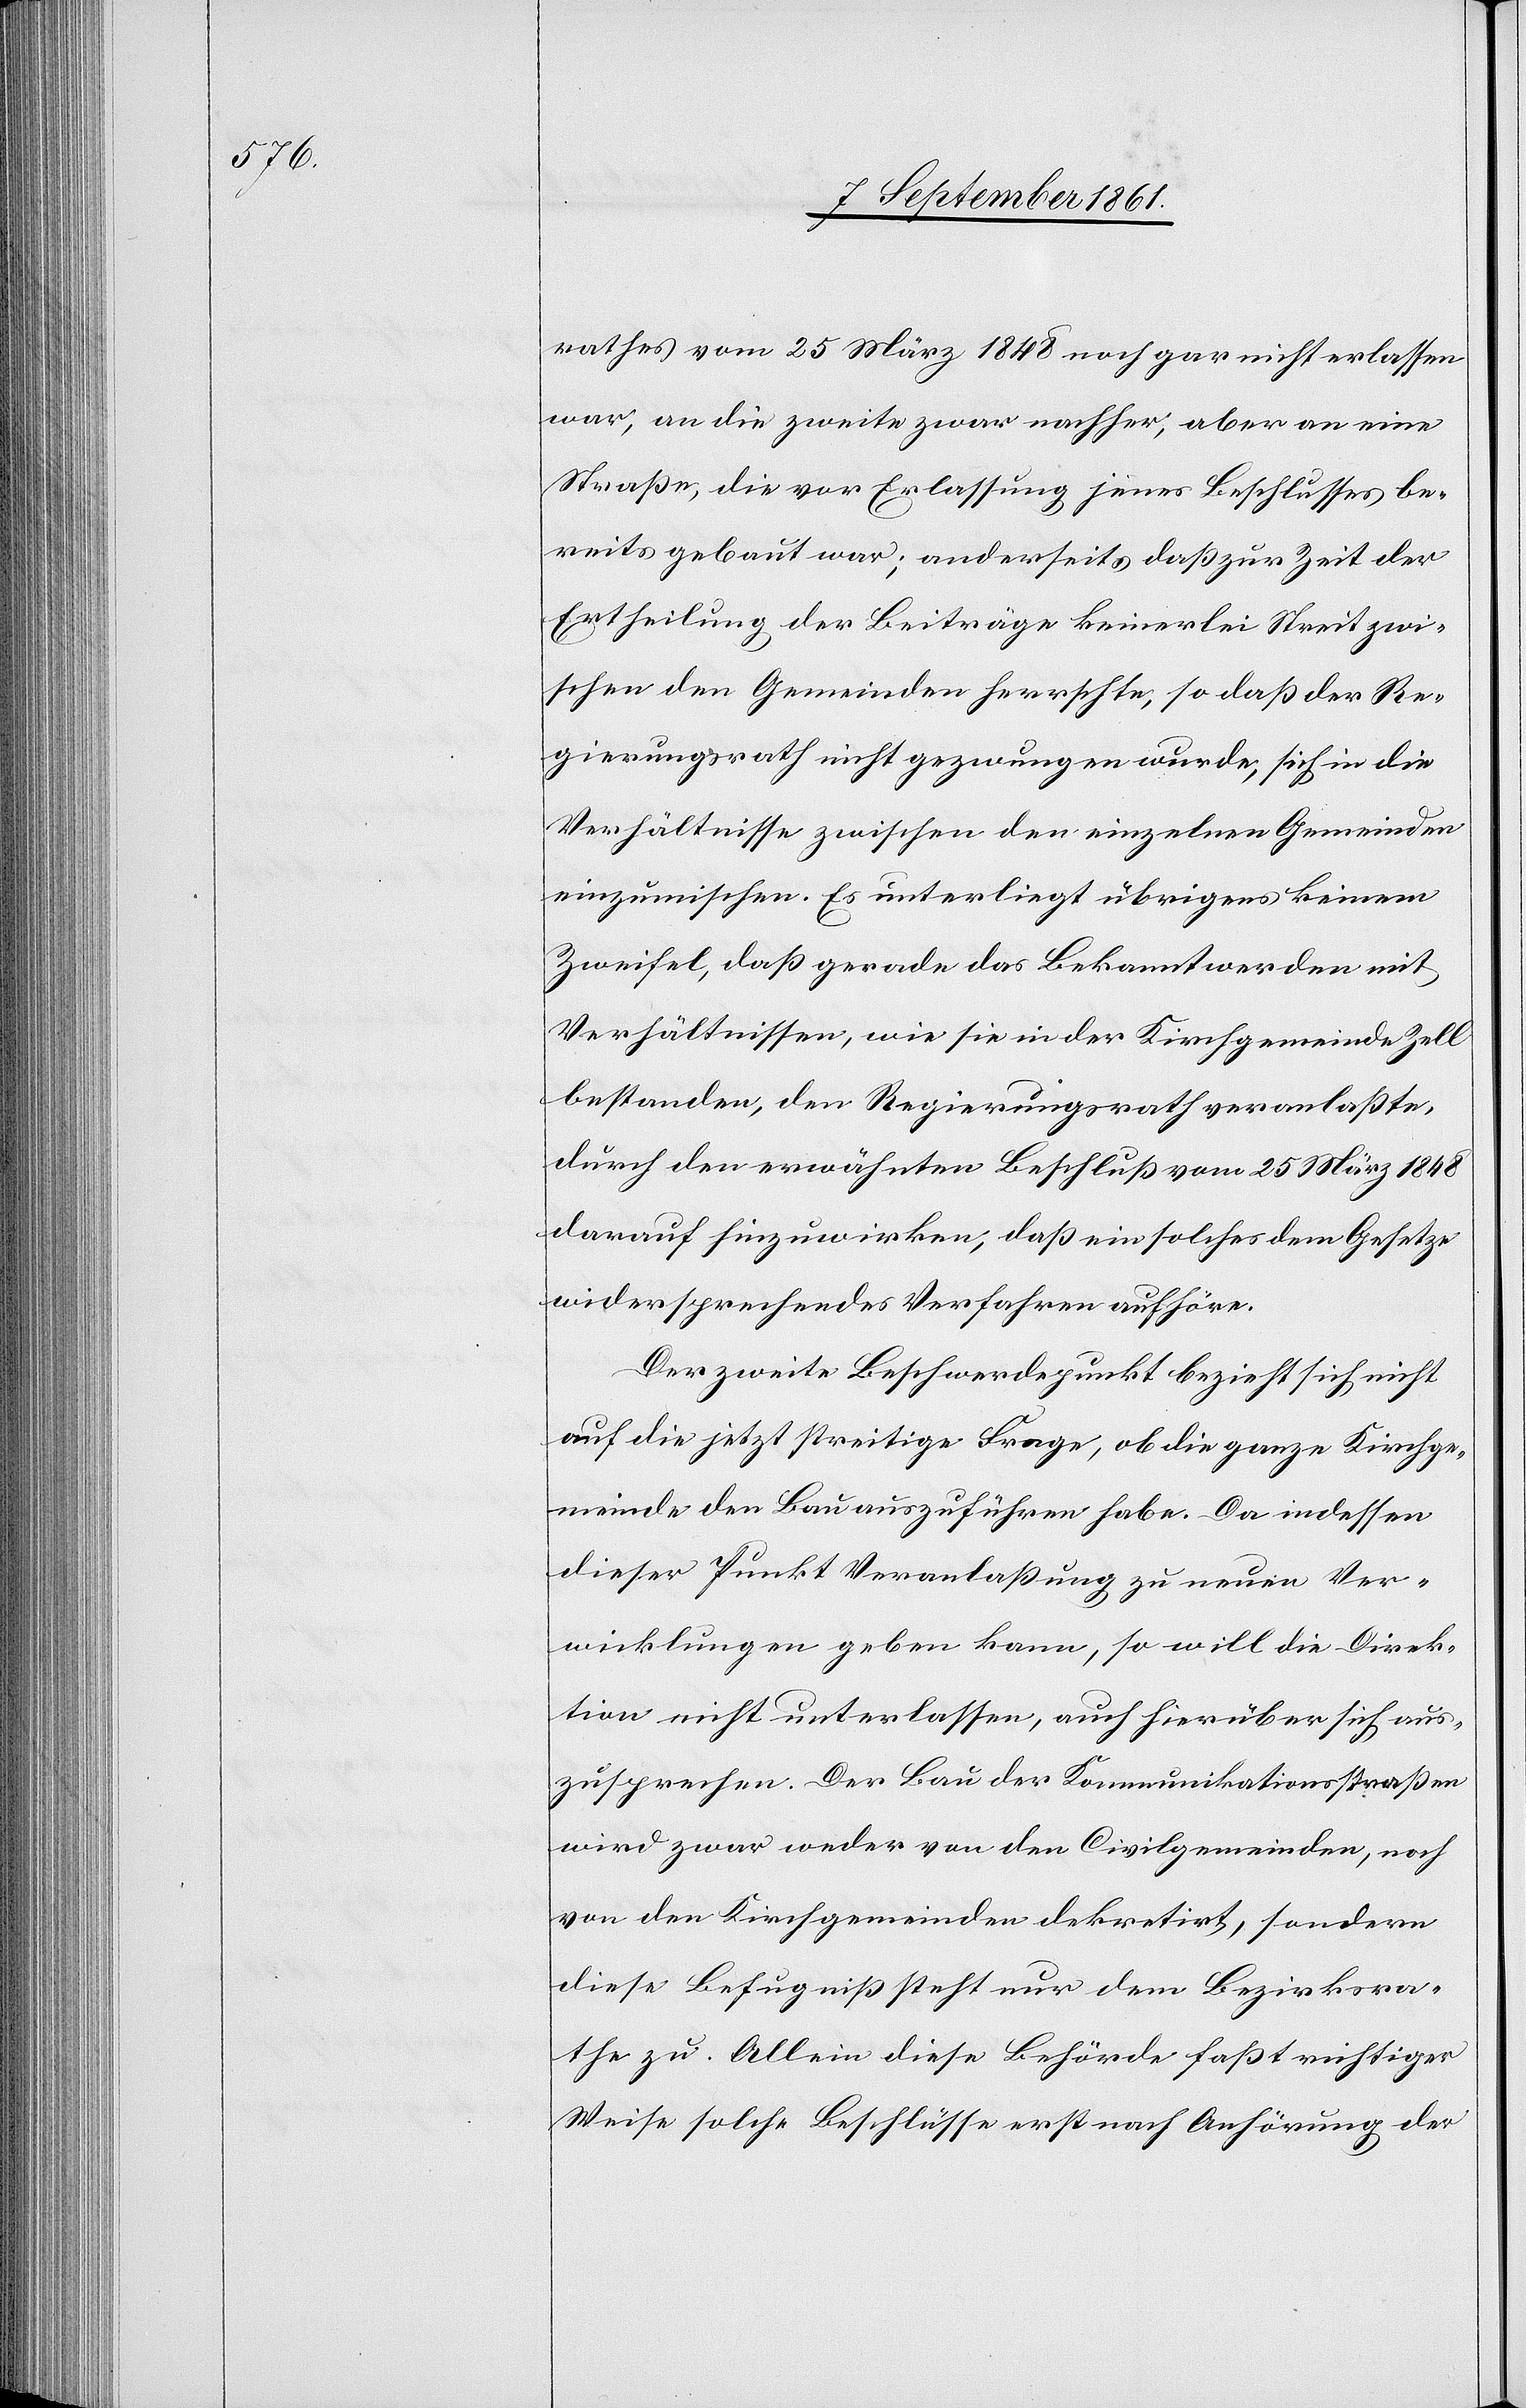
rathes vom 25 März 1848 noch gar nicht erlassen
war, an die zweite zwar nachher, aber an eine
Straße, die vor Erlassung jenes Beschlusses be¬
reits gebaut war; anderseits daß zur Zeit der
Ertheilung der Beiträge keinerlei Streit zwi¬
schen den Gemeinden herrsche, so daß der Re¬
gierungsrath nicht gezwungen wurde, sich in die
Verhältnisse zwischen den einzelnen Gemeinden
einzumischen. Es unterliegt übrigens keinem
Zweifel, daß gerade das Bekanntwerden mit
Verhältnissen, wie sie in der Kirchgemeinde Zell
bestanden, den Regierungsrath veranlaßte,
durch den erwähnten Beschluß vom 25 März 1848
darauf hinzuwirken, daß ein solches dem Gesetze
widersprechendes Verfahren aufhöre.
Der zweite Beschwerdepunkt bezieht sich nicht
auf die jetzt streitige Frage, ob die ganze Kirchge¬
meinde den Bau auszuführen habe. Da indessen
dieser Punkt Veranlaßung zu neuen Ver¬
wicklungen geben kann, so will die Direk¬
tion nicht unterlassen, auch hierüber sich aus¬
zusprechen. Der Bau der Kommunikationsstraßen
wird zwar weder von den Civilgemeinden, noch
von den Kirchgemeinden dekretirt, sondern
diese Befugniß steht nur dem Bezirksra¬
the zu. Allein diese Behörde faßt richtiger
Weise solche Beschlüsse erst nach Anhörung der